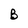
Character: B